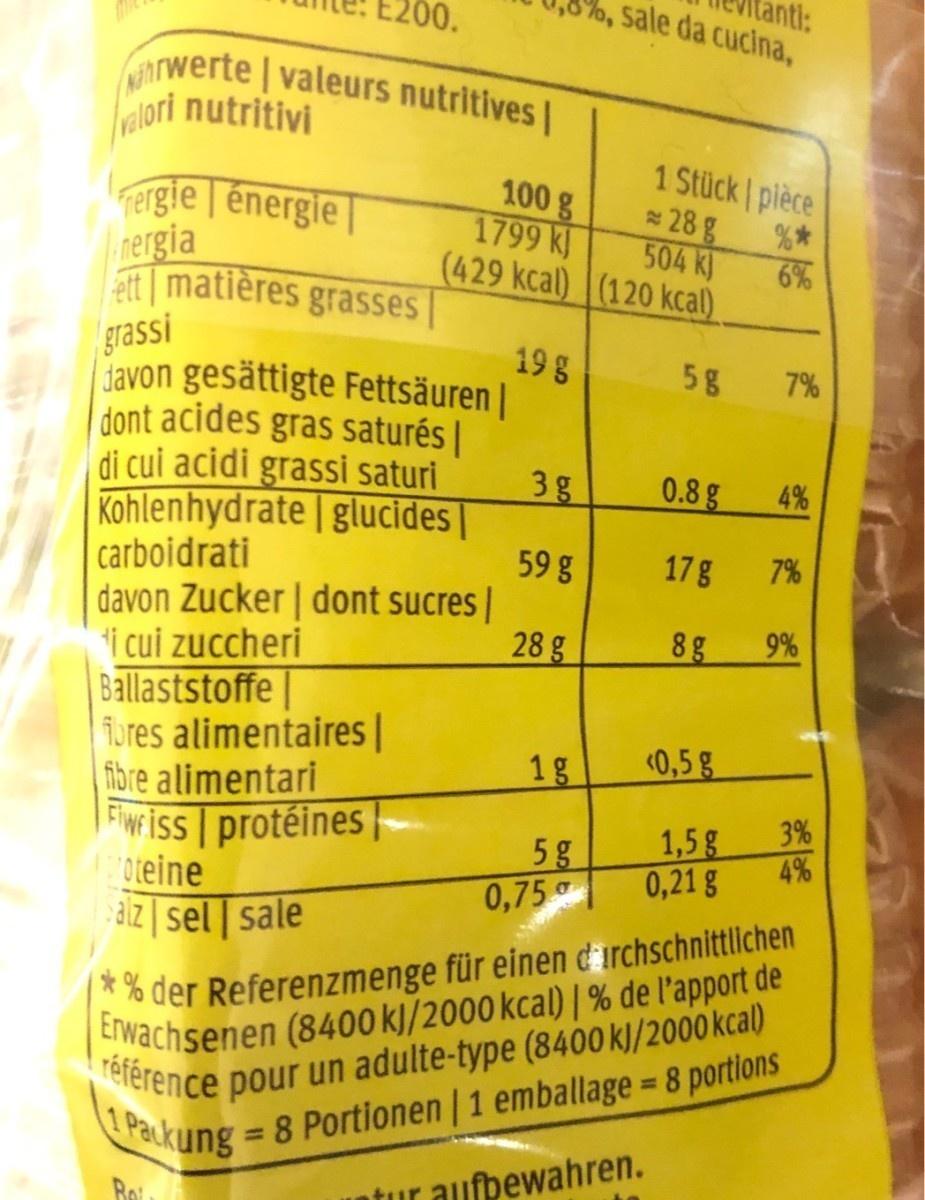
00.
antl: sale da cucina,
rwerte | valeurs nutritives |
elori nutritivi
Tergie | énergie| rergia att matières grasses|
100 g 1799 kJ
1 Stück plèce * 28 g 504 K)
6% (429 kcal) (120 kcal)
grassi davon gesättigte Fettsäuren | dont acides gras saturés | di cui acidi grassi saturi Kohlenhydrate | glucides | | carboidrati davon Zucker | dont sucres | i cui zuccheri Ballaststoffe | fures alimentaires | fibre alimentari Fiwr iss protéines 0teine aiz | sel | sale
19g
58
7%
3g
0.8 g
4%
59 g
17g
7%
28 g
8g
9%
1g
<0,5 g
5g 0,75
3% 1,5g 4% 0,21 g
% der Referenzmenge für einen d'irchschnittlichen EIwachsenen (8400 kJ/2000 kcal) | % de l'apport de lerence pour un adulte-type (8400 kJ/2000 kcal) Packung = 8 Portionen | 1 emballage = 8 portions aufpewahren.
%3D
%3D
Bei
tur